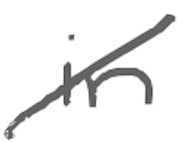
Text: in
Cross-out: diagonal
Writing tool: digital_gray